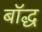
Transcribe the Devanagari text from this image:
बॉद्ध